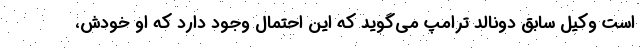
است وکیل سابق دونالد ترامپ می‌گوید که این احتمال وجود دارد که او خودش،